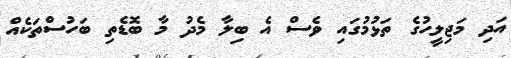
އަދި މަޖިލީހުގެ ތަޅުމުގައި ވެސް އެ ބިލާ މެދު މާ ބޮޑެތި ބަހުސްތަކެއް